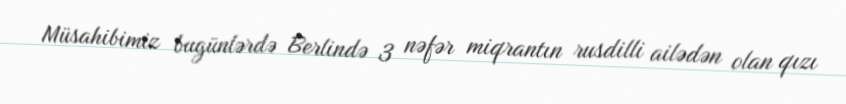
Müsahibimiz bugünlərdə Berlində 3 nəfər miqrantın rusdilli ailədən olan qızı